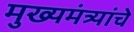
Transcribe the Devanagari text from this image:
मुख्यमंत्र्यांचे